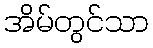
အိမ်တွင်သာ